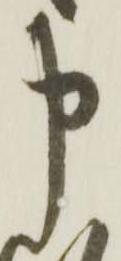
申